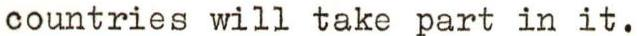
countries will take part in it.